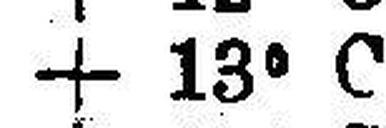
+ 13° C